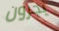
يجرون